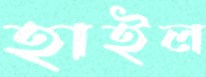
হাইল